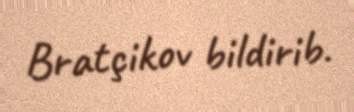
Bratçikov bildirib.